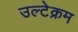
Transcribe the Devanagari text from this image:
उल्टेक्रम